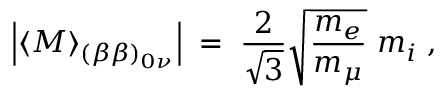
\left| \langle M \rangle _ { ( \beta \beta ) _ { 0 \nu } } \right| \; = \; \frac { 2 } { \sqrt { 3 } } \sqrt { \frac { m _ { e } } { m _ { \mu } } } ~ m _ { i } \; ,